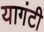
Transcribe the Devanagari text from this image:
यागंटी